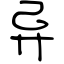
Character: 异